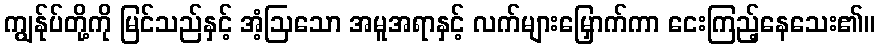
ကျွန်ုပ်တို့ကို မြင်သည်နှင့် အံ့ဩသော အမူအရာနှင့် လက်များမြှောက်ကာ ငေးကြည့်နေသေး၏။